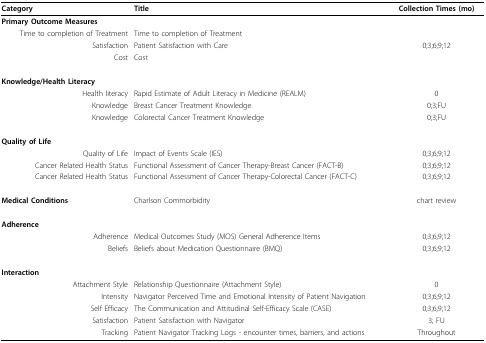
<table><thead><tr><td><b>Category</b></td><td><b>Title</b></td><td><b>Collection Times (mo)</b></td></tr></thead><tbody><tr><td><b>Primary Outcome Measures</b></td><td></td><td></td></tr><tr><td>Time to completion of Treatment</td><td>Time to completion of Treatment</td><td></td></tr><tr><td>Satisfaction</td><td>Patient Satisfaction with Care</td><td>0;3;6;9;12</td></tr><tr><td>Cost</td><td>Cost</td><td></td></tr><tr><td><b>Knowledge/Health Literacy</b></td><td></td><td></td></tr><tr><td>Health literacy</td><td>Rapid Estimate of Adult Literacy in Medicine (REALM)</td><td>0</td></tr><tr><td>Knowledge</td><td>Breast Cancer Treatment Knowledge</td><td>0;3;FU</td></tr><tr><td>Knowledge</td><td>Colorectal Cancer Treatment Knowledge</td><td>0;3;FU</td></tr><tr><td><b>Quality of Life</b></td><td></td><td></td></tr><tr><td>Quality of Life</td><td>Impact of Events Scale (IES)</td><td>0;3;6;9;12</td></tr><tr><td>Cancer Related Health Status</td><td>Functional Assessment of Cancer Therapy-Breast Cancer (FACT-B)</td><td>0;3;6;9;12</td></tr><tr><td>Cancer Related Health Status</td><td>Functional Assessment of Cancer Therapy-Colorectal Cancer (FACT-C)</td><td>0;3;6;9;12</td></tr><tr><td><b>Medical Conditions</b></td><td>Charlson Commorbidity</td><td>chart review</td></tr><tr><td><b>Adherence</b></td><td></td><td></td></tr><tr><td>Adherence</td><td>Medical Outcomes Study (MOS) General Adherence Items</td><td>0;3;6;9;12</td></tr><tr><td>Beliefs</td><td>Beliefs about Medication Questionnaire (BMQ)</td><td>0;3;6;9;12</td></tr><tr><td><b>Interaction</b></td><td></td><td></td></tr><tr><td>Attachment Style</td><td>Relationship Questionnaire (Attachment Style)</td><td>0</td></tr><tr><td>Intensity</td><td>Navigator Perceived Time and Emotional Intensity of Patient Navigation</td><td>0;3;6;9;12</td></tr><tr><td>Self Efficacy</td><td>The Communication and Attitudinal Self-Efficacy Scale (CASE)</td><td>0;3;6;9;12</td></tr><tr><td>Satisfaction</td><td>Patient Satisfaction with Navigator</td><td>3; FU</td></tr><tr><td>Tracking</td><td>Patient Navigator Tracking Logs - encounter times, barriers, and actions</td><td>Throughout</td></tr></tbody></table>